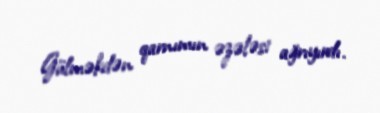
Gülməkdən qarnımın əzələsi ağrıyırdı.